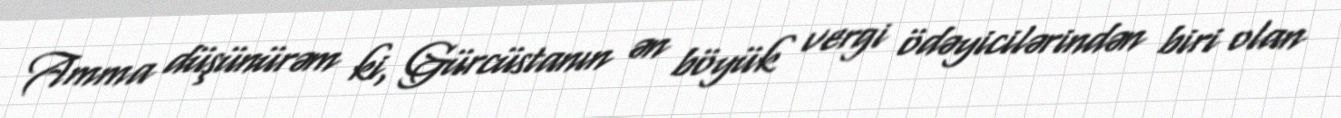
Amma düşünürəm ki, Gürcüstanın ən böyük vergi ödəyicilərindən biri olan